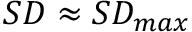
S D \approx S D _ { m a x }